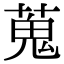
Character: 蒐